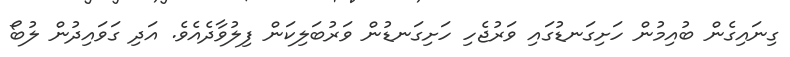
ގިނައިގެން ބުއިމުން ހަށިގަނޑުގައި ވަރުޖެހި ހަށިގަނޑުން ވަރުބަލިކަން ފިލުވާދެއެވެ. އަދި ގަވައިދުން ލުބޯ